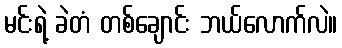
မင်းရဲ့ ခဲတံ တစ်ချောင်း ဘယ်လောက်လဲ။